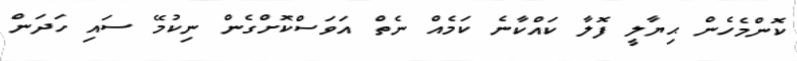
ކޮންމެހެން ޙިޔާލީ ފޮލާ ކައްކާނެ ކަމެއް ނެތް އަވަސްކޮށްގެން ނިކުމޭ ސައި ހަދަން